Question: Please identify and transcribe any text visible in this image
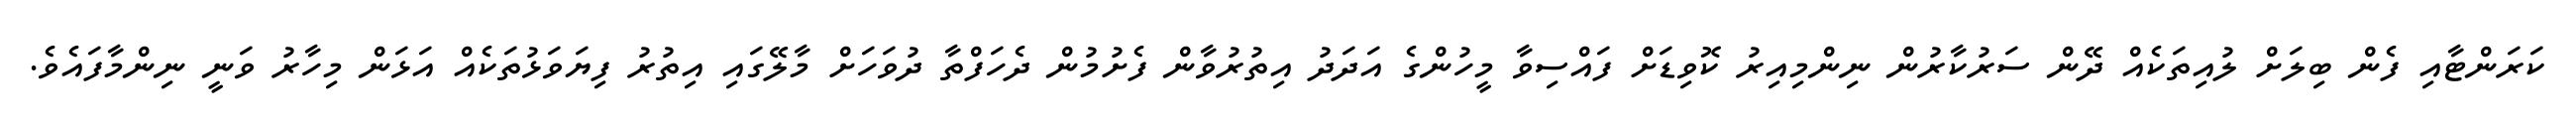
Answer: ކަރަންޓާއި ފެން ބިލަށް ލުއިތަކެއް ދޭން ސަރުކާރުން ނިންމިއިރު ކޮވިޑަށް ފައްސިވާ މީހުންގެ އަދަދު އިތުރުވާން ފެށުމުން ދެހަފްތާ ދުވަހަށް މާލޭގައި އިތުރު ފިޔަވަޅުތަކެއް އަޅަން މިހާރު ވަނީ ނިންމާފައެވެ.